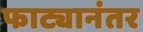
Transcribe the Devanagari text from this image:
फाट्यानंतर